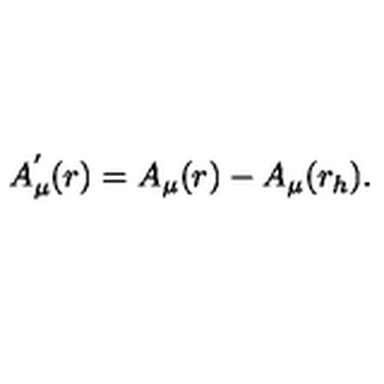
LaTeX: A _ { \mu } ^ { ' } ( r ) = A _ { \mu } ( r ) - A _ { \mu } ( r _ { h } ) .